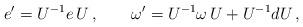
LaTeX: \begin{align*}e'=U^{-1}e\,U\, ,\qquad\omega'=U^{-1}\omega\, U+U^{-1}dU\, ,\end{align*}